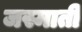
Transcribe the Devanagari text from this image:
जस्माती